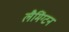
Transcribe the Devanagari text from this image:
लैमिंग्टन